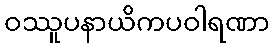
ဝဿူပနာယိကပဝါရဏာ